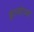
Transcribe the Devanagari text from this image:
इंगळीच्या